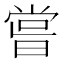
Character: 𠹉